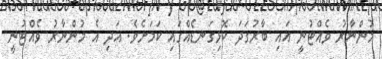
މުންނާރު ވެއްޓުނީ އައި ބާރުގަދަ ކޮޅިގަނޑެއްގައި ކަމަށެވެ. އަދި އެ މުންނާރު ވެއްޓުނީ